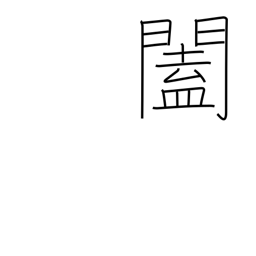
Meaning: doors